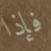
فإذا